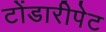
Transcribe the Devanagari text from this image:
टोंडारीपेट